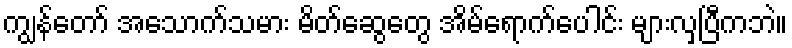
ကျွန်တော် အသောက်သမား မိတ်ဆွေတွေ အိမ်ရောက်ပေါင်း များလှပြီကဘဲ။